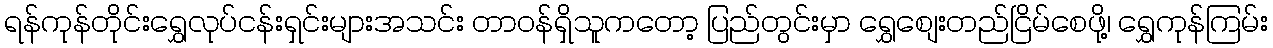
ရန်ကုန်တိုင်းရွှေလုပ်ငန်းရှင်းများအသင်း တာ၀န်ရှိသူကတော့ ပြည်တွင်းမှာ ရွှေစျေးတည်ငြိမ်စေဖို့၊ ရွှေကုန်ကြမ်း